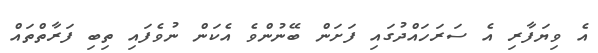
އެ ވިޔަފާރި އެ ސަރަހައްދުގައި ފަށަން ބޭނުންވެ އެކަން ނުވެފައި ތިބި ފަރާތްތައް